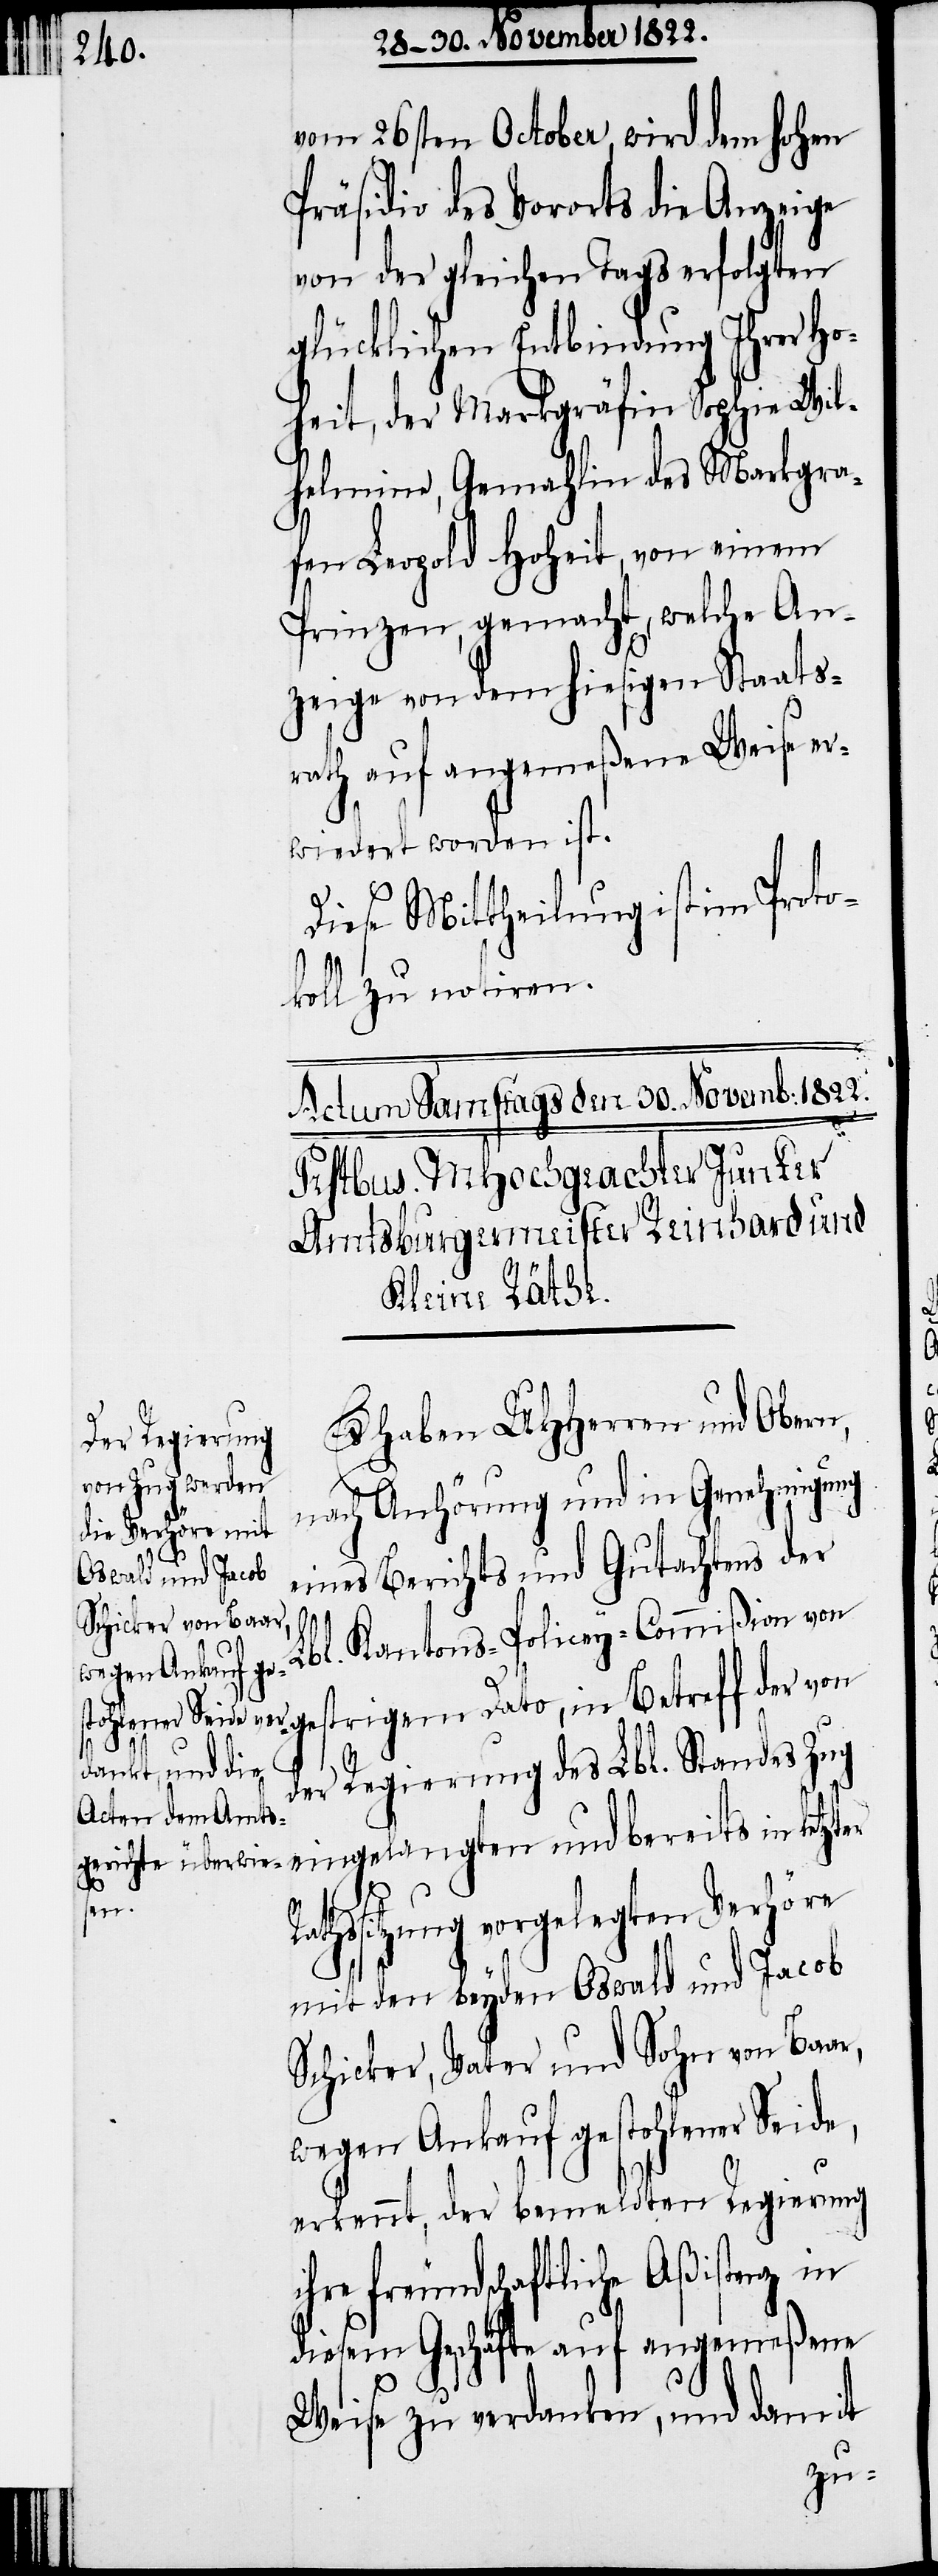
vom 26sten October, wird dem hohen
Präsidio des Vororts die Anzeige
von der gleichen Tags erfolgten
glücklichen Entbindung Ihrer Ho¬
heit, der Markgräfin Sophie Wil¬
helmine, Gemahlin des Markgra¬
fen Leopold Hoheit, von einem
Prinzen, gemacht, welche An¬
zeige von dem hiesigen Staats¬
rath auf angemeßene Weise er¬
wiedert worden ist.
Diese Mittheilung ist im Proto¬
koll zu notieren.
Es haben UHHerren und Obern,
nach Anhörung und in Genehmigung
Rathss¬
eines Berichts und Gutachtens der
Lbl. Kantons-Policey-Commißion von
trigem Dato, in Betreff der von
Regierung des Lbl. Standes Zug
der
eingelangten und bereits in letzter
itzung vorgelegten Verhöre
mit den beyden Oswald und Jacob
Schicker, Vater und Sohn von Baar,
wegen Ankauf gestohlener Seide,
erkennt, der bemeldten Regierung
ihre freundschaftliche Aßistenz in
diesem Geschäfte auf angemeßene
Weise zu verdanken, und damit